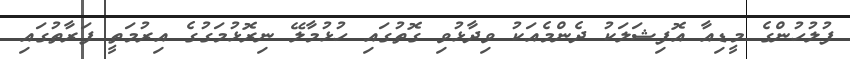
ފުލުހުންގެ މީޑިއާ އޮފިޝަލަކު ދެންމެއަކު ވިދާޅުވި ގޮތުގައި ހުޅުމާލޭ ނިރޮޅުމަގުގެ އިރުމަތީ ފަރާތުގައި